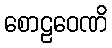
စောဠဝေဏိ